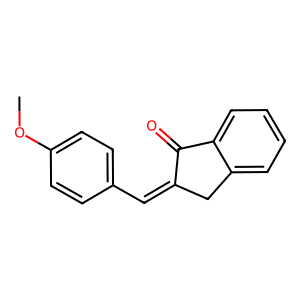
SMILES: COc1ccc(C=C2Cc3ccccc3C2=O)cc1
Inhibits HIV replication: No